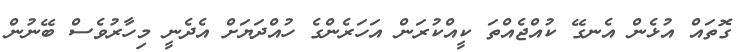
ގޮތައް އުޅެން އެނގޭ ކުއްޖެއްތަ ކީއްކުރަން އަހަރެންގެ ހުއްދަޔަށް އެދެނީ މިހާރުވެސް ބޭނުން